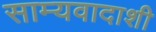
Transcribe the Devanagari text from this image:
साम्यवादाशी